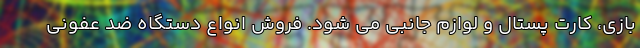
بازی، کارت پستال و لوازم جانبی می شود. فروش انواع دستگاه ضد عفونی